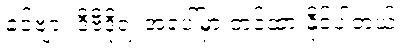
ခင်ဗျား ဒီဗီဒိုရဲ့ အပေါ်မှာ တင်ထားနိုင်ပါတယ်။